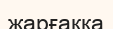
жарғаққа